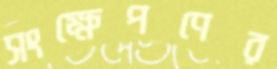
সংক্ষেপণের